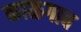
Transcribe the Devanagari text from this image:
काळगाव